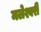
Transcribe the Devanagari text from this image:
मलेश्वरी